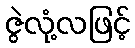
ဇွဲလုံ့လဖြင့်